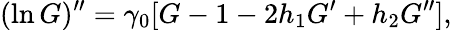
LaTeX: (\ln G)^{\prime\prime}=\gamma_{0}[G-1-2h_{1}G^{\prime}+h_{2}G^{\prime\prime}],